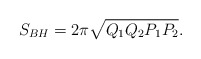
\begin{align*}S_{BH}=2\pi\sqrt{Q_1Q_2P_1P_2}.\end{align*}